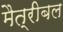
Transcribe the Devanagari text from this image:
मैत्रीबल